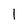
Character: l